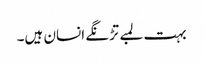
بہت لمبے تڑنگے انسان ہیں۔